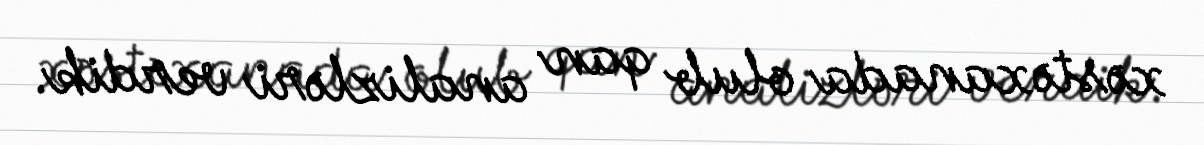
xəstəxanada olub qan analizləri verdik.